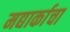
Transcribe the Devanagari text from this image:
मद्यार्काचा